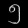
Digit: ၅